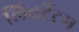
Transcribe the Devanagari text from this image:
लिबर्टेटम